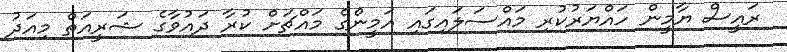
ރައީސް ޔާމީން ހައްޔަރުކުރި މައްސަލައިގައި އަމީންގެ މައްޗަށް ކުރާ ދައުވާގެ ޝަރީއަތް މިއަދު